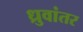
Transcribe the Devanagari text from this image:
ध्रुवांतर